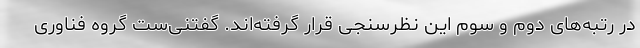
در رتبه‌های دوم و سوم این نظرسنجی قرار گرفته‌اند. گفتنی‌ست گروه فناوری